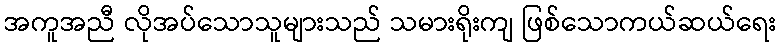
အကူအညီ လိုအပ်သောသူများသည် သမားရိုးကျ ဖြစ်သောကယ်ဆယ်ရေး